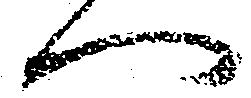
へ